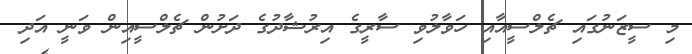
މި ސީޒަނުގައި ޗެލްސީއާއި ހަވާލުވި ސާރީގެ އިރުޝާދުގެ ދަށުން ޗެލްސީއިން ވަނީ އަދި